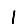
Digit: 1